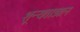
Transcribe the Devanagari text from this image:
शून्यताज्ञान